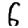
Digit: 6